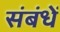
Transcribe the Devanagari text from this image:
संबंधें